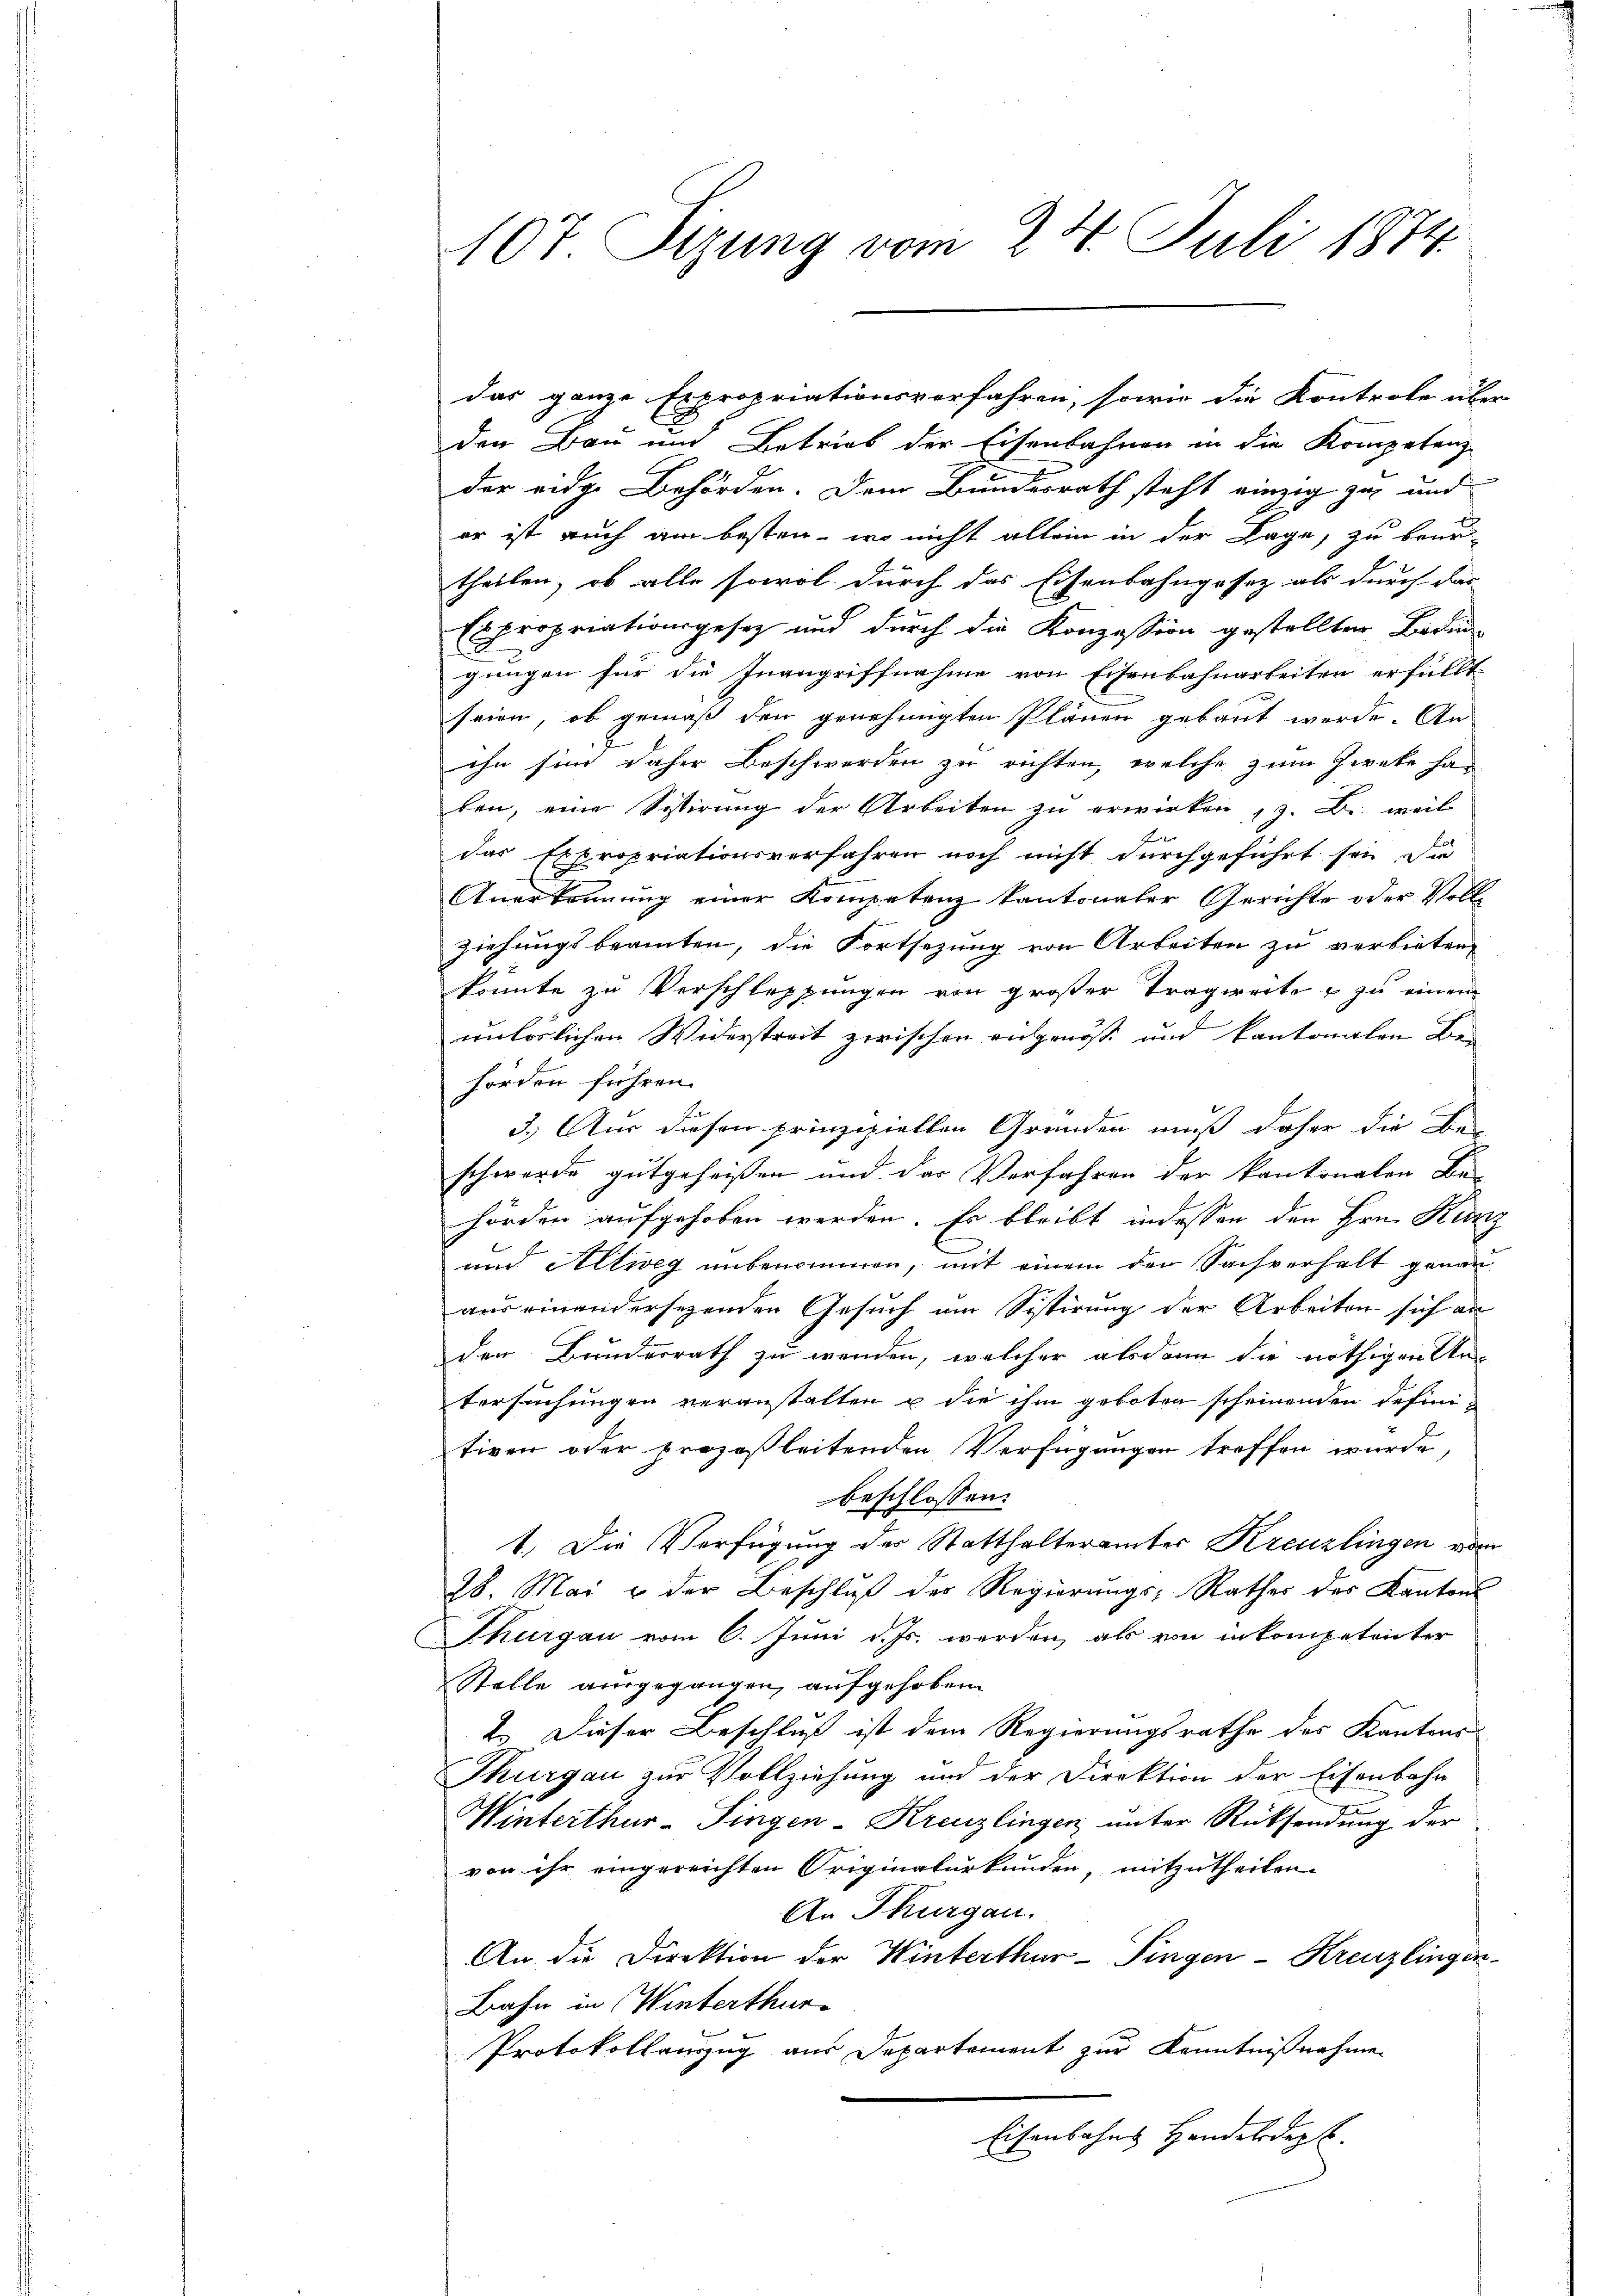
C

107. Sizung vom 24. Juli 1874.

das ganze Expropriationsverfahren, sowie die Kontrole über
den Bau und Betrieb der Eisenbahnen in die Kompetenz
der eidge Behörden. Dem Bundesrath steht einzig zu und
er ist auch am besten - wo nicht allein in der Lage, zu brau
theilen, ob alle sowol durch das Eisenbahngesetz als durch dar
Expropriationsgesetz und durch die Konzession gestellten Boden-
gungen für die Inangriffnahme von Eisenbahnarbeiten erfüllt
seien, ob gemäß den genehmigten Plänen gebaut werde. An
ihn sind daher Beschwerden zu richten, welche zum Zwecke ha
ben, eine Sistirung der Arbeiten zu erwirken (z. B. weil
das Expropriationsverfahren noch nicht durchgeführt sei die
Anerkennung einer Kompetenz kantonaler Gerichte oder Voll-
ziehungsbeamten, die Fortsetzung von Arbeiten zu verbieten,
könnte zu Verschleppungen von großer Tragweite zu einen
untörlichen Widerstreit zwischen angenoß und kantonalen Behörden führen.
3.) Aus diesen prinzipiellen Grunden muß daher die Be-
schwerde gutgeheißen und das Verfahren der kantonalen Be-
hörden aufgehoben werden. Es bleibt indessen den Hrn. Kunz
und Altweg unbenommen, mit einem den Sachverhalt genau
aus einandersezenden Gesuch im Sistirung der Arbeiten sich an
den Bunderrath zu wenden, welcher alsdann die nöthigen Untersuchungen veranstalten u die ihm geboten scheinenden definitiven oder prozesleitenden Verfügungen treffen wurde,
beschlossen:
1. Die Verfügung der Statthalterämter Kreuzlingen vom
28. Mai & der Beschluß der Regierungs-Rathes des Kantons
Thurgau vom 6. Juni d. Js. werden, als von inkompetenter
Stelle ausgegangen, aufgehoben
2. Dieser Beschluß ist dem Regierungsrathe der Kantons
Thurgau zur Vollziehung und der Direktion der Eisenbahn
Winterthur–Singen-Kreuzlingen unter Rücksendung der
von ihr eingereichten Originalurkunden, mitzutheilen.
An Thurgau.
An die Direktion der Winterthur–Singen-Kreuzlingen
Bahn in Winterthur
Protokollauszug aus Departement zur Kenntnißnahme
Eisenbahns Handelsdept.